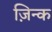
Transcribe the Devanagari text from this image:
ज़िन्क